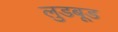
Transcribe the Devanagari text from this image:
लुडबूड